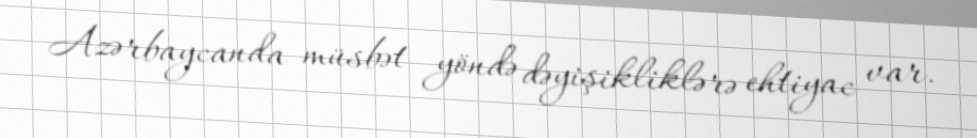
Azərbaycanda müsbət yöndə dəyişikliklərə ehtiyac var.